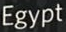
Egypt